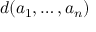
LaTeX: d ( a _ { 1 } , \ldots , a _ { n } )